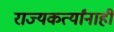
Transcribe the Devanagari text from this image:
राज्यकर्त्यांनाही